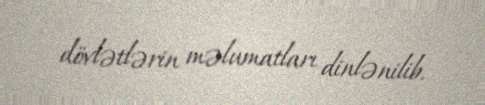
dövlətlərin məlumatları dinlənilib.